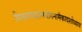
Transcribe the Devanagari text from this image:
विश्वरूपदर्शनयोगनामैकादशोध्याय